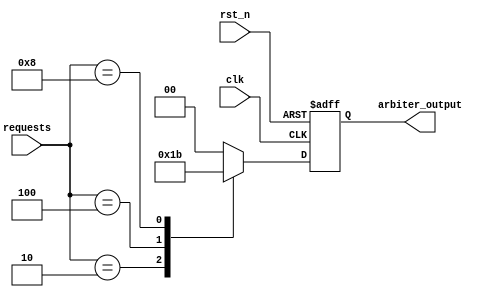
module parallel_arbiter (
    input         clk,                    // Clock input
    input         rst_n,                  // Reset input
    input  [3:0]  requests,               // Input requests
    output [1:0]  arbiter_output          // Output of arbiter
);

reg [1:0] selected_output;               // Variable to store the selected output

always @ (posedge clk or negedge rst_n) begin
    if (~rst_n) begin
       selected_output <= 2'b00;         // Reset selected output
    end else begin
        // Arbiter logic to prioritize requests 
        case (requests)
            4'b0001: selected_output <= 2'b00;  // Rule to select output based on request
            4'b0010: selected_output <= 2'b01;
            4'b0100: selected_output <= 2'b10;
            4'b1000: selected_output <= 2'b11;
            default: selected_output <= 2'b00;   // Default selection
        endcase
    end
end

assign arbiter_output = selected_output;

endmodule